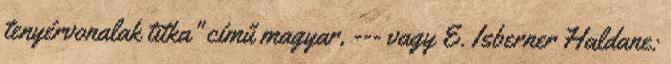
tenyérvonalak titka" című magyar, --- vagy E. Isberner Haldane: